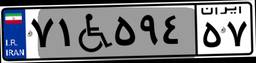
۴۳W۲۷۸۸۱